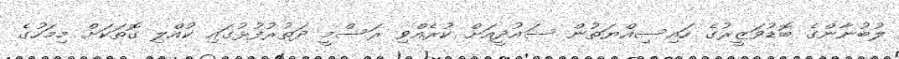
ލުބުނާންގެ ބޮޑުވަޒީރުގެ ހައިސިއްޔަތުން ސައުދީއަށް ކުރެއްވި ރަސްމީ ދަތުރުފުޅުގައި ކުއްލި ގޮތަކަށް މިމަހުގެ